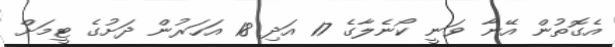
އެގޮތުން އޭނާ ވަނީ ކޯނެލާގެ 17 އަދި 18 އަހަރުން ދަށުގެ ޓީމަށް